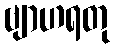
ဗျာဟရတု